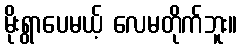
မိုးရွာပေမယ့် လေမတိုက်ဘူး။